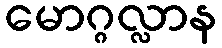
မောဂ္ဂလ္လာန